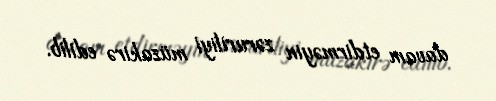
davam etdirməyin zəruriliyi müzakirə edilib.